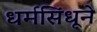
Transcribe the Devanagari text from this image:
धर्मसिंधूने